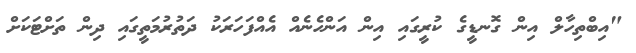
"އިބްތިހާލް އިން ގޮނޑީގެ ކުރީގައި އިން އަންހެނެއް އެއްފަހަރަކު ދަތުރުމަތީގައި ދިން ތަށްޓަކަށް